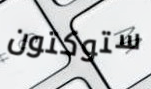
ستوكتون